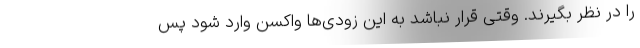
را در نظر بگیرند. وقتی قرار نباشد به این زودی‌ها واکسن وارد شود پس